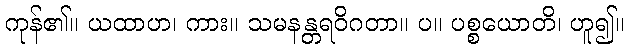
ကုန်၏။ ယထာဟ၊ ကား။ သမနန္တရဝိဂတာ။ ပ။ ပစ္စယောတိ၊ ဟူ၍။